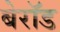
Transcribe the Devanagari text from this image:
बेरॉड